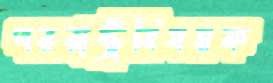
পররাষ্ট্রবিষয়ক